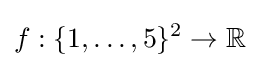
f:\{1,\ldots ,5\}^{2}\to \mathbb {R}